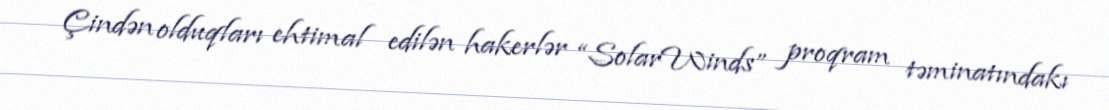
Çindən olduqları ehtimal edilən hakerlər “SolarWinds” proqram təminatındakı